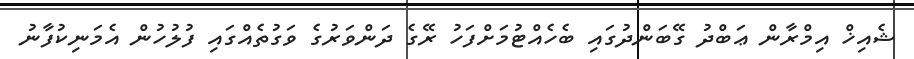
ޝެއިޚް އިމްރާން ޢަބްދު ގޭބަންދުގައި ބެހެއްޓުމަށްފަހު ރޭގެ ދަންވަރުގެ ވަގުތެއްގައި ފުލުހުން އެމަނިކުފާނު